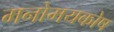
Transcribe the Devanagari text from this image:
मनोमयकोष